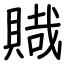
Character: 賳